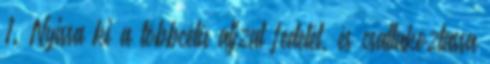
1. Nyissa ki a többcélú aljzat fedelét, és csatlakoztassa